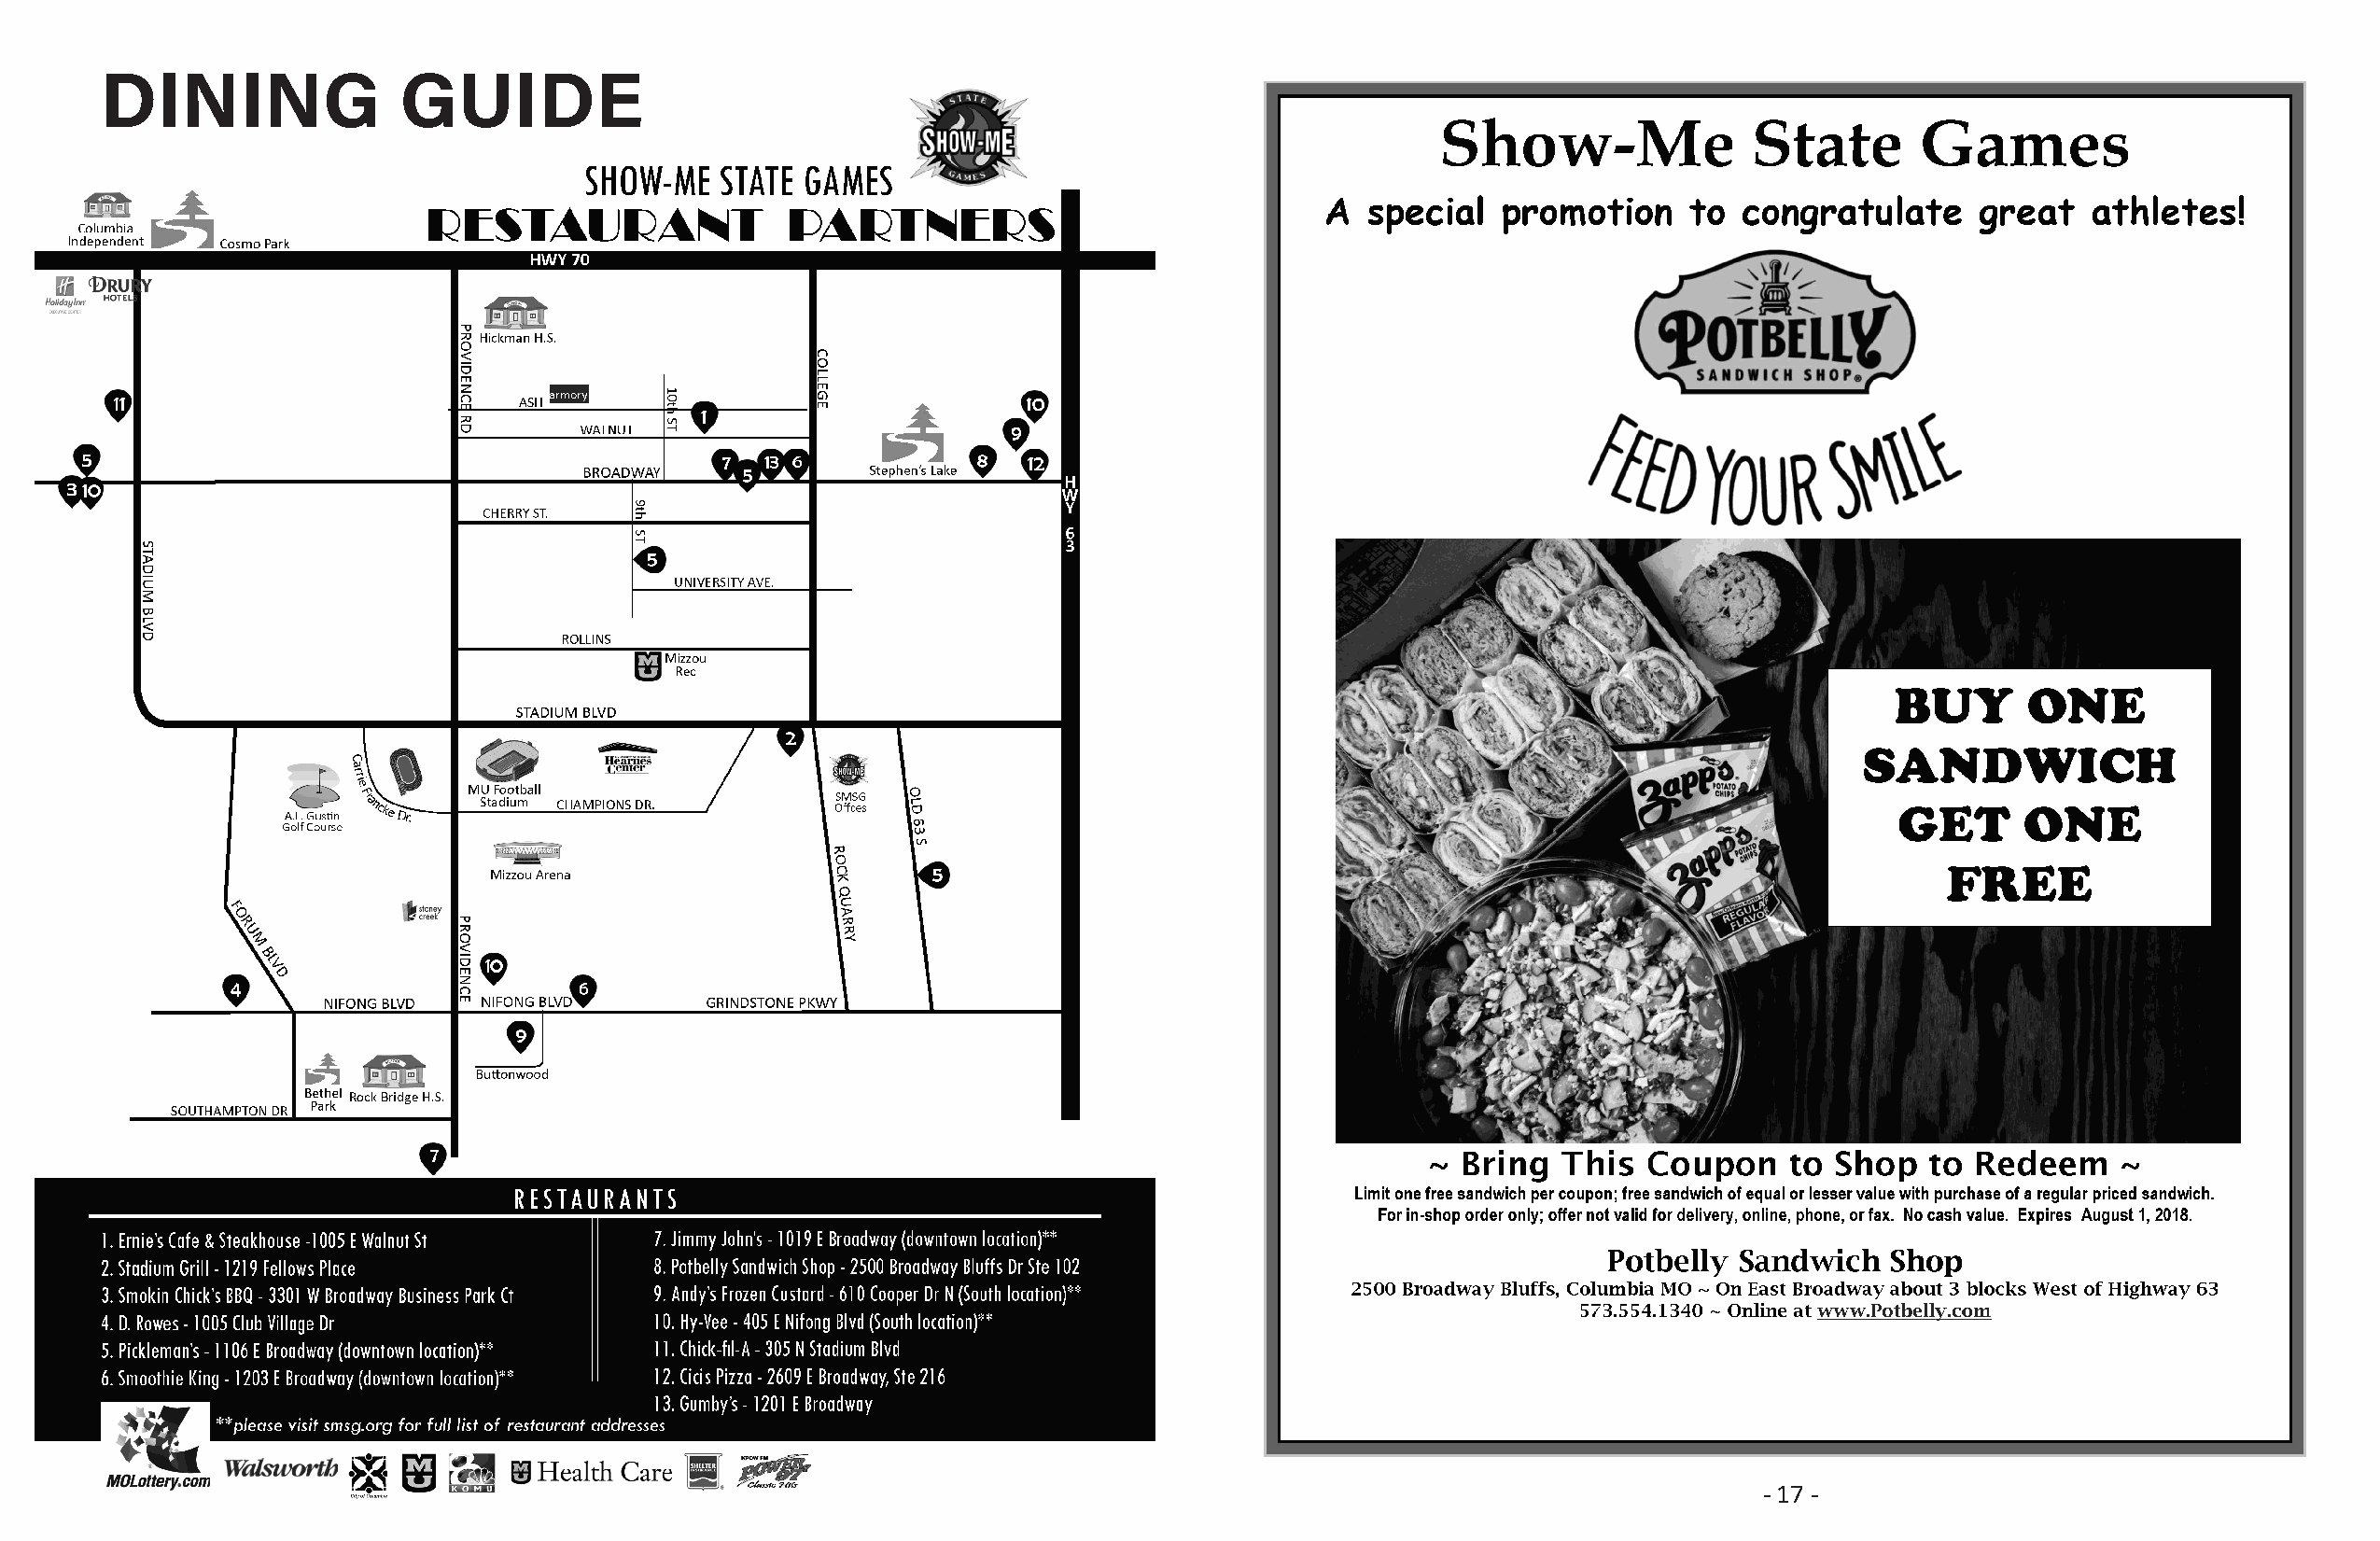
DINING               GUIDE
 - 16 -                                                                            - 17 -